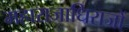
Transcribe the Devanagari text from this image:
महाराजाधिराजों